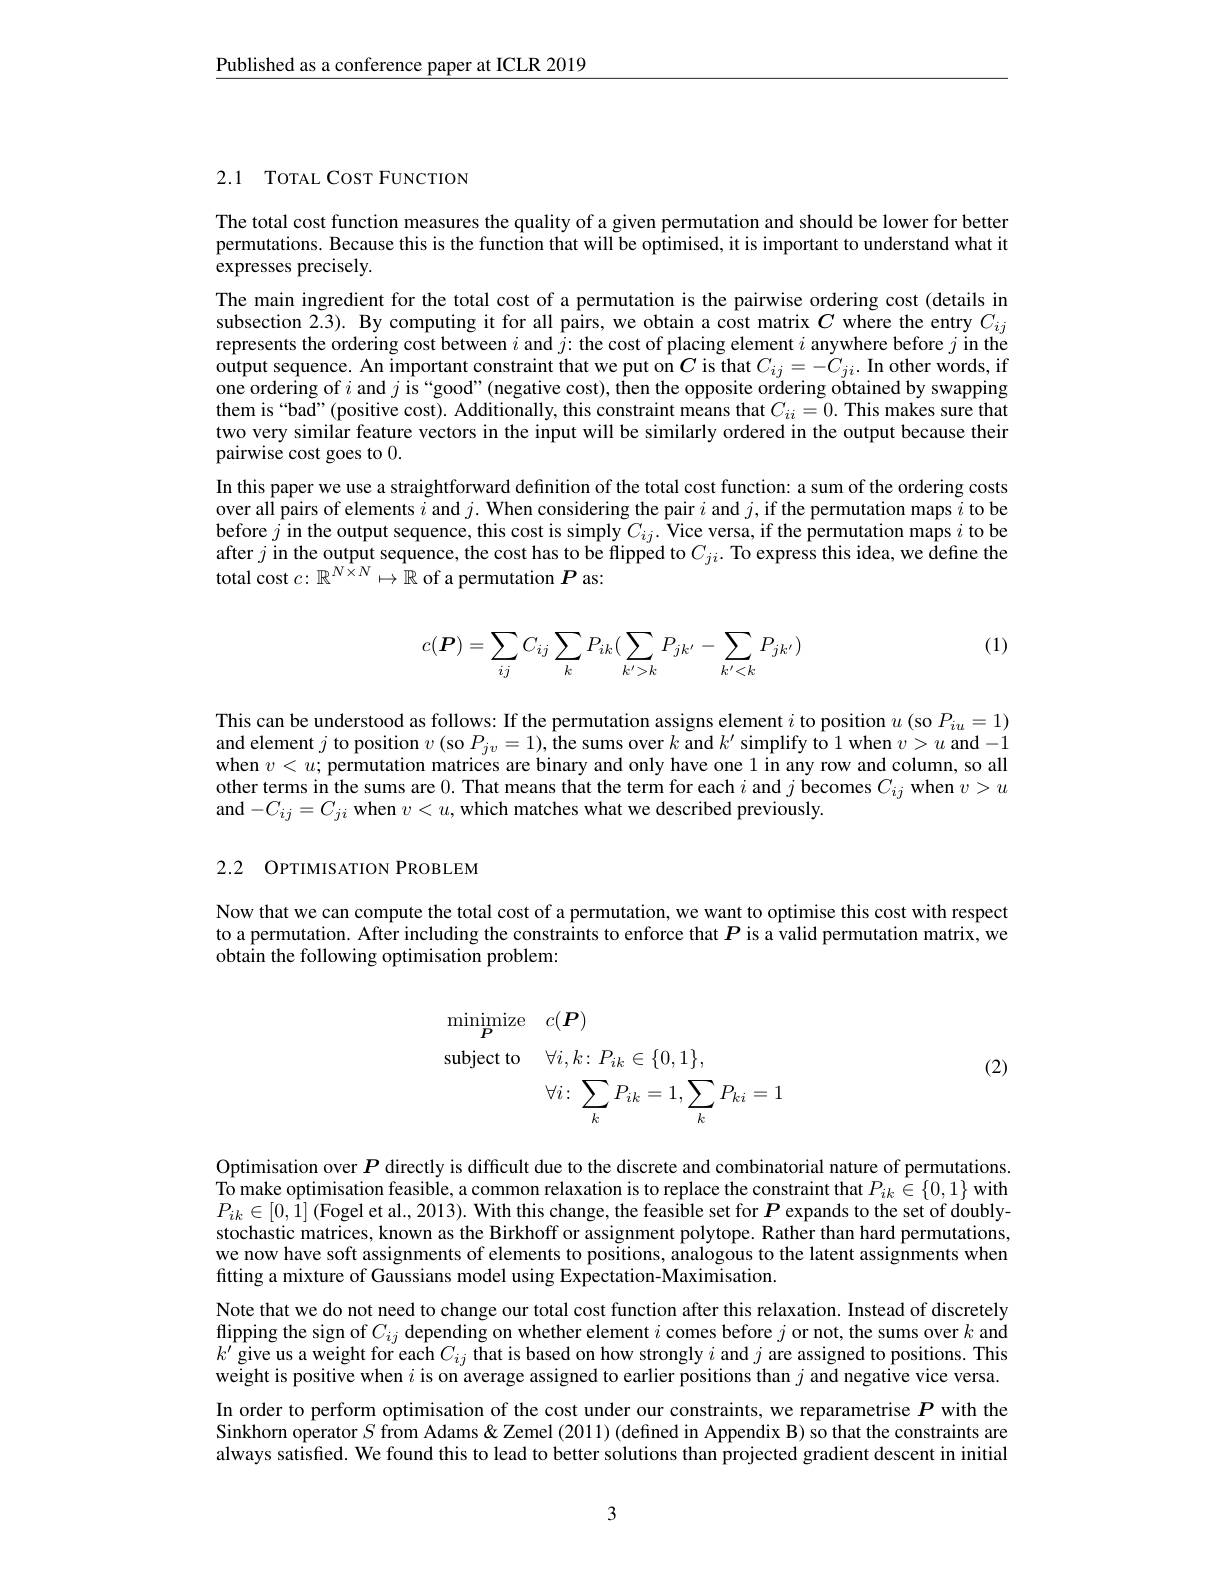
$\underline{\text{Published as a conference paper at ICLR 2019}}$

## 2.1 TOTAL CosT FUNCTION

The total cost function measures the quality of a given permutation and should be lower for better permutations. Because this is the function that will be optimised, it is important to understand what it expresses precisely.
The main ingredient for the total cost of a permutation is the pairwise ordering cost (details in subsection 2.3). By computing it for all pairs, we obtain a cost matrix $C$ where the entry $C_{ij}$ represents the ordering cost between $i$ and $j{:\text{thecostofplacingelement}i\text{anywhere before}j\text{in the}}$ output sequence. An important constraint that we put on $C$ is that $C_{ij}=-C_{ji}.$ In other words, if one ordering of $i$ and $j$ is “good"(negative cost), then the opposite ordering obtained by swapping them is “bad”(positive cost). Additionally, this constraint means that $C_ii=0.$ This makes sure that two very similar feature vectors in the input will be similarly ordered in the output because their pairwise cost goes to 0.
In this paper we use a straightforward definition of the total cost function: a sum of the ordering costs over all pairs of elements $i$ and $j.$ When considering the pair $i$ and $j$,if the permutation maps $i$ to be before $j$ in the output sequence, this cost is simply $C_ij.$ Vice versa, if the permutation maps $i$ to be after $j$ in the output sequence, the cost has to be flipped to $C_ji.$ To express this idea, we define the total cost $c:\mathbb{R}^{N\hat{\times}N}\mapsto\mathbb{R}$ of a permutation $P$ as:

(1)
$$c(\boldsymbol{P})=\sum_{ij}C_{ij}\sum_{k}P_{ik}(\sum_{k'>k}P_{jk'}-\sum_{k'<k}P_{jk'})$$
This can be understood as follows: If the permutation assigns element $i$ to position $u$ (so $P_iu=1)$ and element $j$ to position $v$ (so $P_jv=1),\hat\text{the sums over }k$ and $k^\prime$ simplify to 1 when $v>u$ and -1 when $v<u;$ permutation matrices are binary and only have one 1 in any row and column, so all other terms in the sums are 0. That means that the term for each $i$ and $j$ becomes $C_ij$ when $v>u$ and $-C_{ij}=C_{ji}$ when $v<u$, which matches what we described previously.

# 2.2 OPTIMISATION PROBLEM

Now that we can compute the total cost of a permutation, we want to optimise this cost with respect to a permutation. After including the constraints to enforce that $P$ is a valid permutation matrix, we obtain the following optimisation problem:

(2)
$$\begin{aligned}&\operatorname*{minimize}_{\boldsymbol{P}}&&c(\boldsymbol{P})\\&\mathrm{subject~to}&&\forall i,k\colon P_{ik}\in\{0,1\},\\&&&\forall i\colon\sum_{k}P_{ik}=1,\sum_{k}P_{ki}=1\end{aligned}$$
Optimisation over $P$ directly is difficult due to the discrete and combinatorial nature of permutations. To make optimisation feasible, a common relaxation is to replace the constraint that $P_{ik}\in\{0,1\}$ with $P_{ik}\in[0,1]$(Fogel et al., 2013). With this change, the feasible set for $P$ expands to the set of doublystochastic matrices, known as the Birkhoff or assignment polytope. Rather than hard permutations, we now have soft assignments of elements to positions, analogous to the latent assignments when fitting a mixture of Gaussians model using Expectation-Maximisation.
Note that we do not need to change our total cost function after this relaxation. Instead of discretely flipping the sign of $C_{ij}$ depending on whether element $i$ comes before $j$ or not, the sums over $k$ and $k^{\prime}$ give us a weight for each $C_ij$ that is based on how strongly $i$ and $j$ are assigned to positions. This weight is positive when $i$ is on average assigned to earlier positions than $j$ and negative vice versa. In order to perform optimisation of the cost under our constraints, we reparametrise $P$ with the Sinkhorn operator $S$ from Adams& Zemel (2011) (defined in Appendix B) so that the constraints are always satisfied. We found this to lead to better solutions than projected gradient descent in initial

3